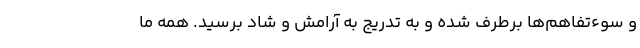
و سوء‌تفاهم‌ها برطرف شده و به ‌تدریج به آرامش و شاد برسید. همه ما